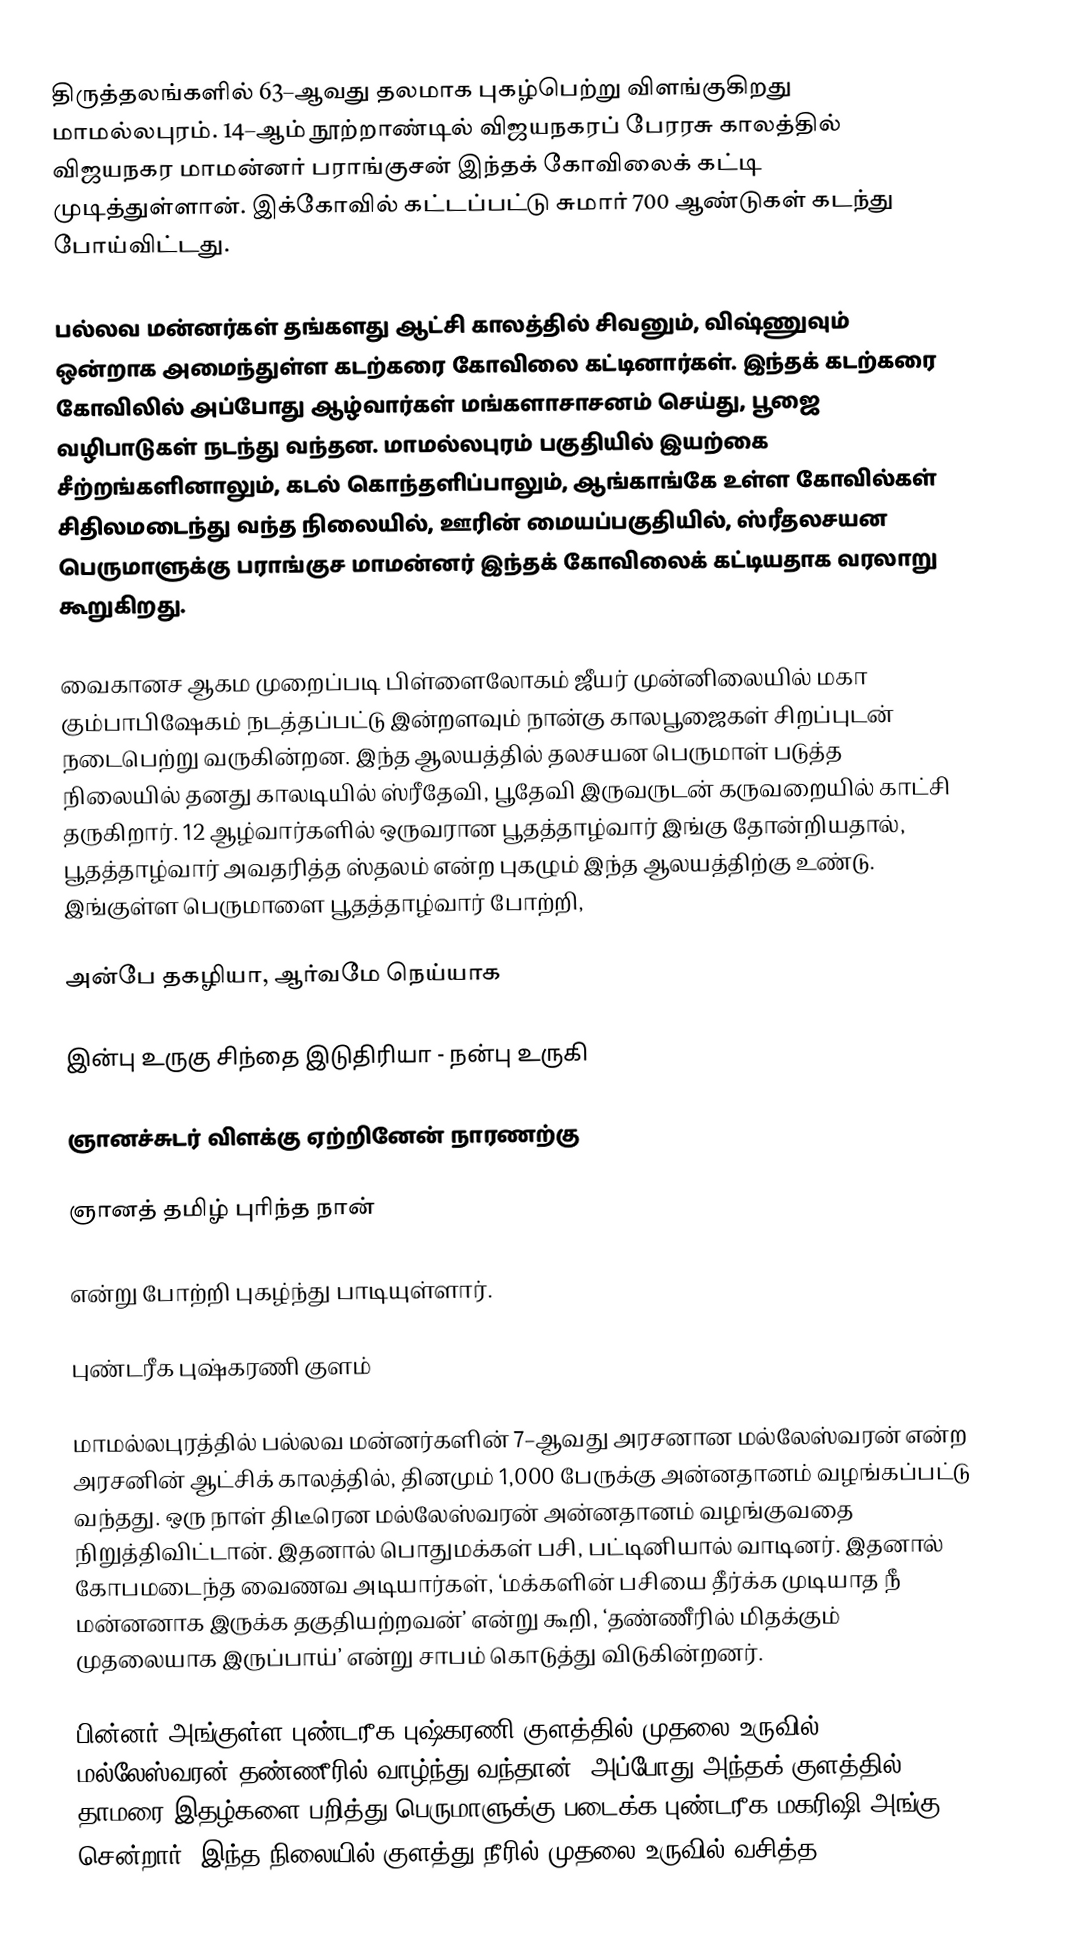
திருத்தலங்களில் 63–ஆவது தலமாக புகழ்பெற்று விளங்குகிறது மாமல்லபுரம். 14–ஆம் நூற்றாண்டில் விஜயநகரப் பேரரசு காலத்தில் விஜயநகர மாமன்னர் பராங்குசன் இந்தக் கோவிலைக் கட்டி முடித்துள்ளான். இக்கோவில் கட்டப்பட்டு சுமார் 700 ஆண்டுகள் கடந்து போய்விட்டது.

பல்லவ மன்னர்கள் தங்களது ஆட்சி காலத்தில் சிவனும், விஷ்ணுவும் ஒன்றாக அமைந்துள்ள கடற்கரை கோவிலை கட்டினார்கள். இந்தக் கடற்கரை கோவிலில் அப்போது ஆழ்வார்கள் மங்களாசாசனம் செய்து, பூஜை வழிபாடுகள் நடந்து வந்தன. மாமல்லபுரம் பகுதியில் இயற்கை சீற்றங்களினாலும், கடல் கொந்தளிப்பாலும், ஆங்காங்கே உள்ள கோவில்கள் சிதிலமடைந்து வந்த நிலையில், ஊரின் மையப்பகுதியில், ஸ்ரீதலசயன பெருமாளுக்கு பராங்குச மாமன்னர் இந்தக் கோவிலைக் கட்டியதாக வரலாறு கூறுகிறது.

வைகானச ஆகம முறைப்படி பிள்ளைலோகம் ஜீயர் முன்னிலையில் மகா கும்பாபிஷேகம் நடத்தப்பட்டு இன்றளவும் நான்கு காலபூஜைகள் சிறப்புடன் நடைபெற்று வருகின்றன. இந்த ஆலயத்தில் தலசயன பெருமாள் படுத்த நிலையில் தனது காலடியில் ஸ்ரீதேவி, பூதேவி இருவருடன் கருவறையில் காட்சி தருகிறார். 12 ஆழ்வார்களில் ஒருவரான பூதத்தாழ்வார் இங்கு தோன்றியதால், பூதத்தாழ்வார் அவதரித்த ஸ்தலம் என்ற புகழும் இந்த ஆலயத்திற்கு உண்டு. இங்குள்ள பெருமாளை பூதத்தாழ்வார் போற்றி,

அன்பே தகழியா, ஆர்வமே நெய்யாக

இன்பு உருகு சிந்தை இடுதிரியா - நன்பு உருகி

ஞானச்சுடர் விளக்கு ஏற்றினேன் நாரணற்கு

ஞானத் தமிழ் புரிந்த நான்

என்று போற்றி புகழ்ந்து பாடியுள்ளார்.

புண்டரீக புஷ்கரணி குளம்

மாமல்லபுரத்தில் பல்லவ மன்னர்களின் 7–ஆவது அரசனான மல்லேஸ்வரன் என்ற அரசனின் ஆட்சிக் காலத்தில், தினமும் 1,000 பேருக்கு அன்னதானம் வழங்கப்பட்டு வந்தது. ஒரு நாள் திடீரென மல்லேஸ்வரன் அன்னதானம் வழங்குவதை நிறுத்திவிட்டான். இதனால் பொதுமக்கள் பசி, பட்டினியால் வாடினர். இதனால் கோபமடைந்த வைணவ அடியார்கள், ‘மக்களின் பசியை தீர்க்க முடியாத நீ மன்னனாக இருக்க தகுதியற்றவன்’ என்று கூறி, ‘தண்ணீரில் மிதக்கும் முதலையாக இருப்பாய்’ என்று சாபம் கொடுத்து விடுகின்றனர்.

பின்னர் அங்குள்ள புண்டரீக புஷ்கரணி குளத்தில் முதலை உருவில் மல்லேஸ்வரன் தண்ணீரில் வாழ்ந்து வந்தான். அப்போது அந்தக் குளத்தில் 1,000 தாமரை இதழ்களை பறித்து பெருமாளுக்கு படைக்க புண்டரீக மகரிஷி அங்கு சென்றார். இந்த நிலையில் குளத்து நீரில் முதலை உருவில் வசித்த